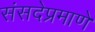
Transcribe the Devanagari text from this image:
संसदेप्रमाणे